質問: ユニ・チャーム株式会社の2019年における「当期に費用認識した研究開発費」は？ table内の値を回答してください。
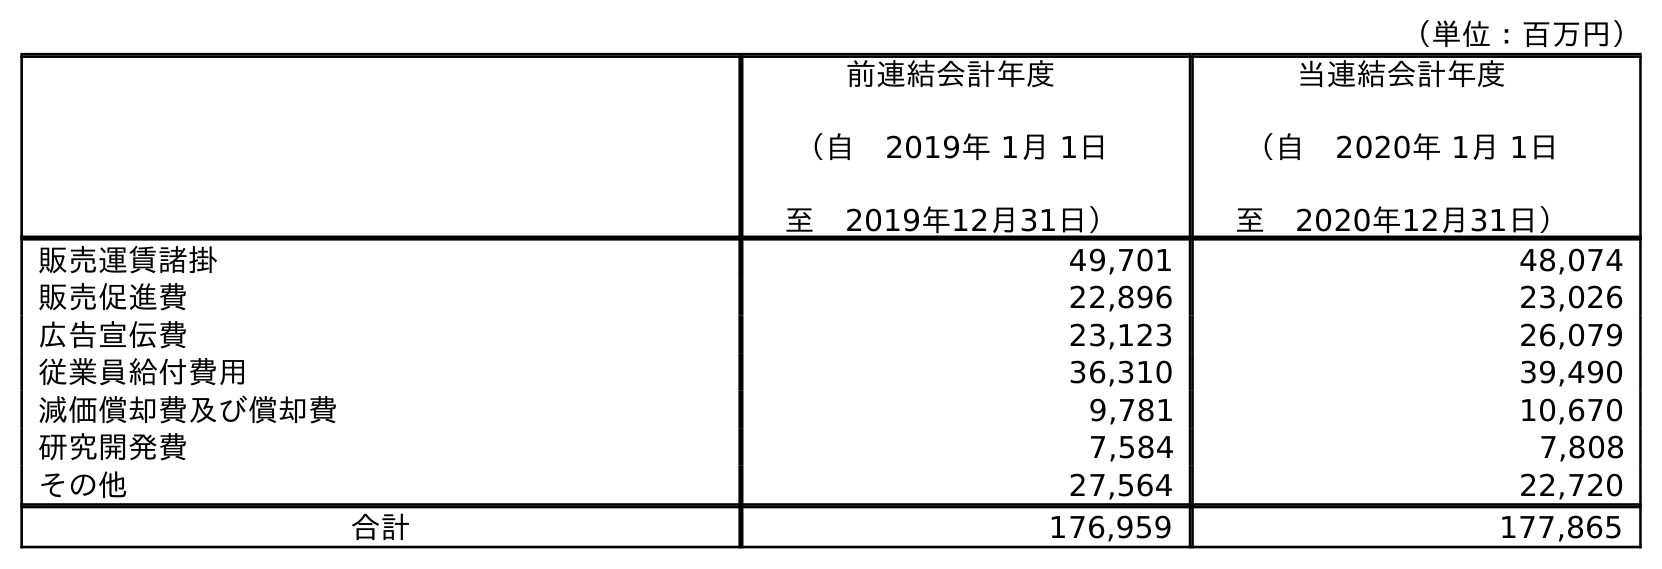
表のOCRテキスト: （単位：百万円） 前連結会計年度 （自 2019年 1月 1日 至 2019年12月31日） 当連結会計年度 （自 2020年 1月 1日 至 2020年12月31日） 販売運賃諸掛 49,701 48,074 販売促進費 22,896 23,026 広告宣伝費 23,123 26,079 従業員給付費用 36,310 39,490 減価償却費及び償却費 9,781 10,670 研究開発費 7,584 7,808 その他 27,564 22,720 合計 176,959 177,865
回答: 7,584